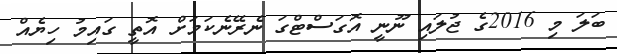
ބަލަ މި 2016ގެ ޖުލައި ނޫނީ އޮގަސްޓްގަ ނެރޭނެކަމަށް އޮތީ ގައިމު ހިޔެއް